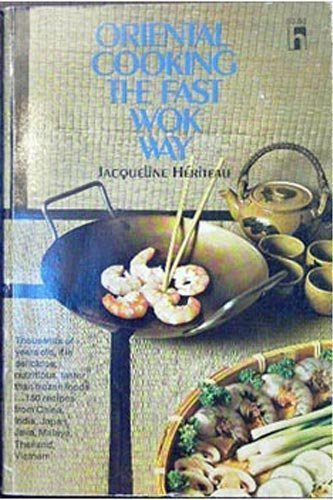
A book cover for Oriental Cooking the Fast Wok Way; Jacqueline Heriteau; Cookbooks, Food & Wine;